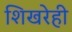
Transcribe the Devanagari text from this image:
शिखरेही